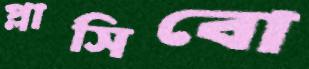
প্লাসিবো